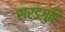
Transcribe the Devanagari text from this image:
सरडगुहि